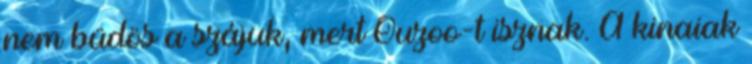
nem büdös a szájuk, mert Ouzoo-t isznak. A kinaiak